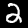
Label: 2